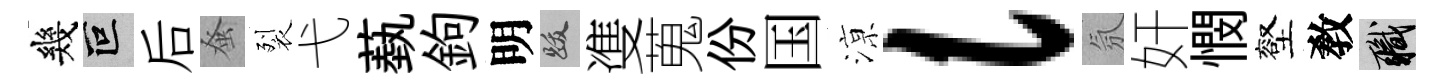
幾叵后𫊫裂弋蓺鉤明跋㕠蒐份国鿌l氛奸憫壑敎職